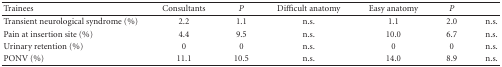
<table><thead><tr><td><b>Trainees</b></td><td><b>Consultants</b></td><td><b><i>P</i></b></td><td><b>Difficult anatomy</b></td><td><b>Easy anatomy</b></td><td><b><i>P</i></b></td><td></td></tr></thead><tbody><tr><td>Transient neurological syndrome (%)</td><td>2.2</td><td>1.1</td><td>n.s.</td><td>1.1</td><td>2.0</td><td>n.s.</td></tr><tr><td>Pain at insertion site (%)</td><td>4.4</td><td>9.5</td><td>n.s.</td><td>10.0</td><td>6.7</td><td>n.s.</td></tr><tr><td>Urinary retention (%)</td><td>0</td><td>0</td><td>n.s.</td><td>0</td><td>0</td><td>n.s.</td></tr><tr><td>PONV (%)</td><td>11.1</td><td>10.5</td><td>n.s.</td><td>14.0</td><td>8.9</td><td>n.s.</td></tr></tbody></table>